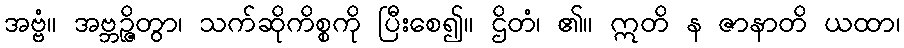
အဗ္ဗံ။ အဗ္ဘဉ္ဇိတွာ၊ သက်ဆိုကိစ္စကို ပြီးစေ၍။ ဌိတံ၊ ၏။ ဣတိ န ဇာနာတိ ယထာ၊